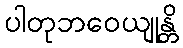
ပါတုဘဝေယျုန္တိ